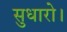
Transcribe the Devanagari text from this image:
सुधारो।